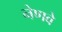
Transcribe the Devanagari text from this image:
नेणवे